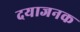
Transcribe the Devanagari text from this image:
दयाजनक